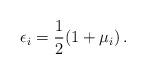
LaTeX: \begin{align*}\epsilon _{i}=\frac{1}{2}(1+\mu _{i})\, .\end{align*}